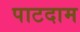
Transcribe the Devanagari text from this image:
पाटदाम